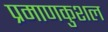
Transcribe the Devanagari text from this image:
प्रमाणकुशल